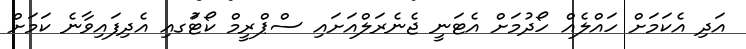
އަދި އެކަމަށް ހައްލެއް ހޯދުމަށް އެޓަނީ ޖެނެރަލްއަށައި ސްޕްރީމް ކޯޓުަގއި އެދިފައިވާނެ ކަމަށް